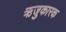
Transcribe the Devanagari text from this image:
ऋजुकारक